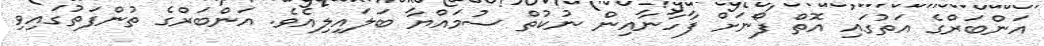
އަންބަރްގެ އަތުގައި އޮތް ފޯނަށް ފާހާނާއިން ނުކުތް ސުމައްޔާ ބަލައިލިއެވެ. އަންބަރްގެ ތުންފަތުގައިވި